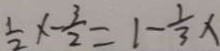
\frac { 1 } { 2 } x - \frac { 3 } { 2 } = 1 - \frac { 1 } { 3 } x